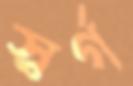
স্বর্গ